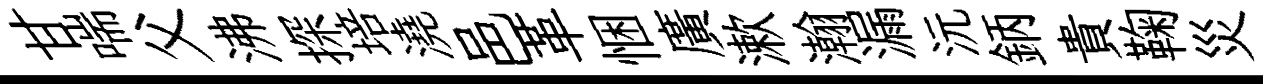
甘喘父沸探培澆邑革悃廣漱瀚漏沅鈵貴鞠災